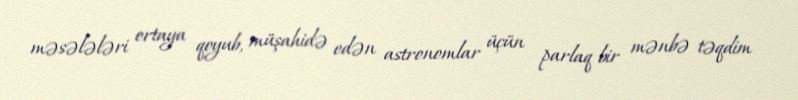
məsələləri ortaya qoyub, müşahidə edən astronomlar üçün parlaq bir mənbə təqdim